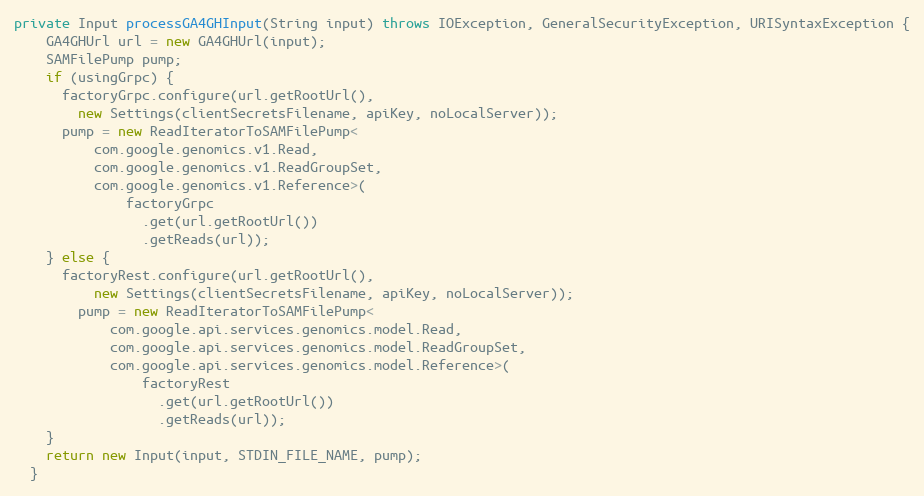
Language: Java
private Input processGA4GHInput(String input) throws IOException, GeneralSecurityException, URISyntaxException {
    GA4GHUrl url = new GA4GHUrl(input);
    SAMFilePump pump;
    if (usingGrpc) {
      factoryGrpc.configure(url.getRootUrl(),
        new Settings(clientSecretsFilename, apiKey, noLocalServer));
      pump = new ReadIteratorToSAMFilePump<
          com.google.genomics.v1.Read,
          com.google.genomics.v1.ReadGroupSet,
          com.google.genomics.v1.Reference>(
              factoryGrpc
                .get(url.getRootUrl())
                .getReads(url));
    } else {
      factoryRest.configure(url.getRootUrl(),
          new Settings(clientSecretsFilename, apiKey, noLocalServer));
        pump = new ReadIteratorToSAMFilePump<
            com.google.api.services.genomics.model.Read,
            com.google.api.services.genomics.model.ReadGroupSet,
            com.google.api.services.genomics.model.Reference>(
                factoryRest
                  .get(url.getRootUrl())
                  .getReads(url));
    }
    return new Input(input, STDIN_FILE_NAME, pump);
  }